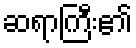
ဆရာကြီး၏